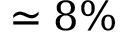
\simeq 8 \%